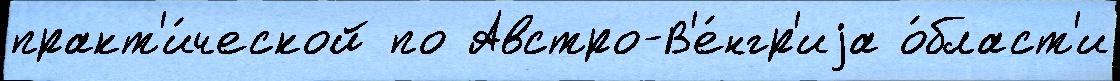
практ'и́ческой по Австро-В'е́нгр'иjа о́бласт'и